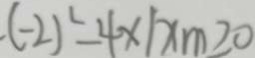
. ( - 2 ) ^ { 2 } = 4 \times 1 x m \geq 0